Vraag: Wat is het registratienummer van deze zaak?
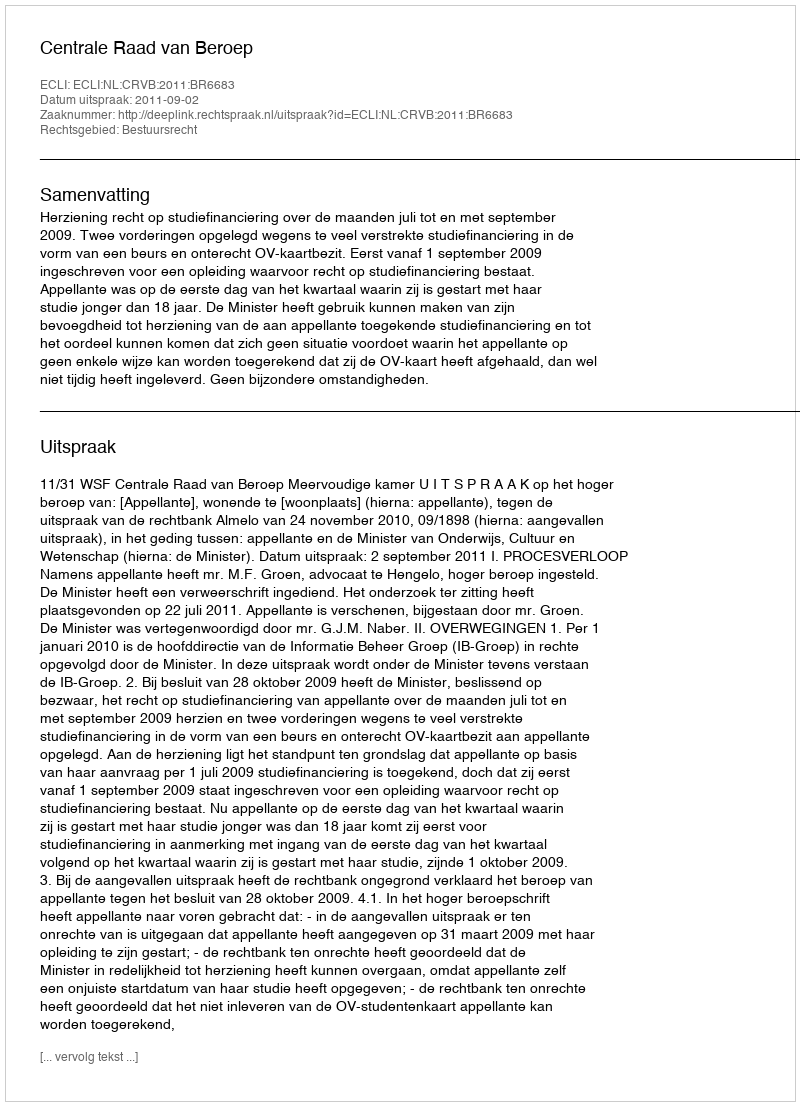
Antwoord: http://deeplink.rechtspraak.nl/uitspraak?id=ECLI:NL:CRVB:2011:BR6683